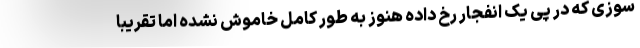
سوزی که در پی یک انفجار رخ داده هنوز به طور کامل خاموش نشده اما تقریبا